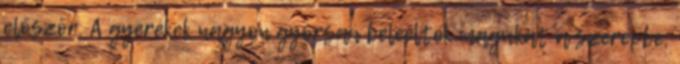
először. A gyerekek nagyon gyorsan beleélték magukat a szerepbe,